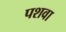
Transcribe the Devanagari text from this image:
पशवा